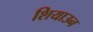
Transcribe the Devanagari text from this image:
शियाउन